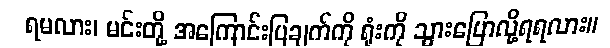
ရမလား၊ မင်းတို့ အကြောင်းပြချက်ကို ရုံးကို သွားပြောလို့ရရလား။